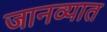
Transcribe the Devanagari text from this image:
जानव्यात